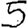
Digit: 5